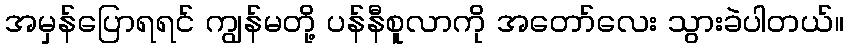
အမှန်ပြောရရင် ကျွန်မတို့ ပန်နီစူလာကို အတော်လေး သွားခဲပါတယ်။